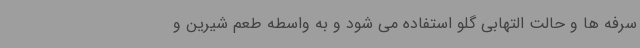
سرفه ها و حالت التهابی گلو استفاده می شود و به واسطه طعم شیرین و